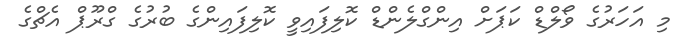
މި އަހަރުގެ ވޯލްޑް ކަޕަށް އިންގްލެންޑް ކޮލިފައިވީ ކޮލިފައިންގެ ބުރުގެ ގްރޫޕް އެޗްގެ